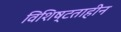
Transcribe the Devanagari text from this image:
विशिष्टताहीन